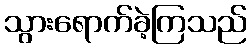
သွားရောက်ခဲ့ကြသည်